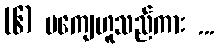
(၆) မကျေဟူသည်ကား ...